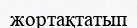
жортақтатып